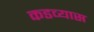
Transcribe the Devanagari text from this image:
कडव्यास